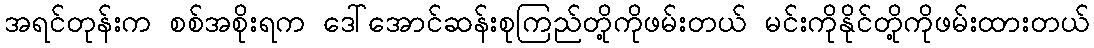
အရင်တုန်းက စစ်အစိုးရက ဒေါ်အောင်ဆန်းစုကြည်တို့ကိုဖမ်းတယ် မင်းကိုနိုင်တို့ကိုဖမ်းထားတယ်